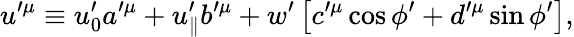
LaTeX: u^{\prime\mu}\equiv u_{0}^{\prime}a^{\prime\mu}+u_{\parallel}^{\prime}b^{\prime\mu}+w^{\prime}\left[c^{\prime\mu}\cos\phi^{\prime}+d^{\prime\mu}\sin\phi^{\prime}\right],